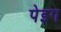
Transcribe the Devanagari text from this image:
पेइग